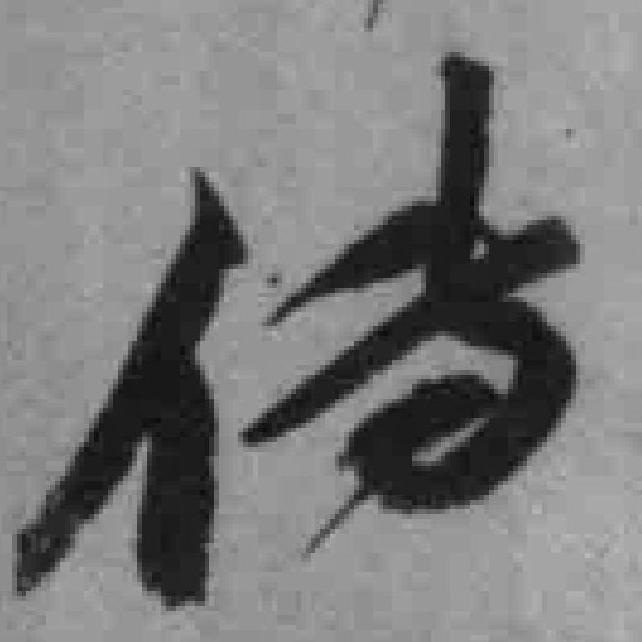
传